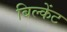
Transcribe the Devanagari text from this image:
बिल्केंट